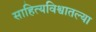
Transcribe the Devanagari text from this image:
साहित्यविश्वातल्या